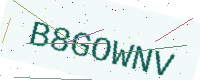
Text: B8GOWNV